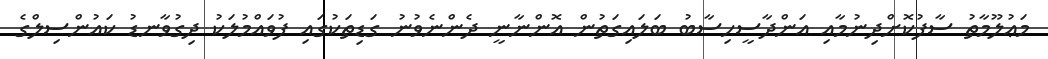
މަޢުލޫމާތު ސާފުކޮށްދިނުމާއި އަންދާސީހިސާބު ބަލައިގަތުން އޮންނާނީ ދެންނެވުނު ގަޑިތަކުގައި ފުވައްމުލަކު ދިގުވާނޑު ކައުންސިލްގެ